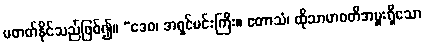
မတတ်နိုင်သည်ဖြစ်၍။ “ဒေဝ၊ အရှင်မင်းကြီး။ ဧတာသံ၊ ထိုသာမာဝတီအမှူးရှိသော